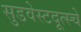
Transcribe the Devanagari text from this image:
सुडवेस्टदूत्स्चे